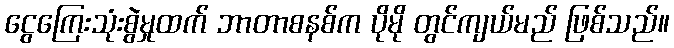
ငွေကြေးသုံးစွဲမှုထက် ဘာတာစနစ်က ပိုမို တွင်ကျယ်မည် ဖြစ်သည်။